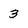
Character: 3